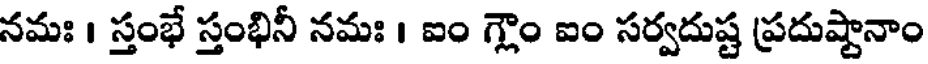
నమః । స్తంభే స్తంభినీ నమః । ఐం గ్లౌం ఐం సర్వదుష్ట ప్రదుష్టానాం